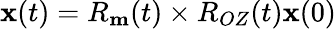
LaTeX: {\mathbf x}(t)=R_{\mathbf m}(t)\times R_{OZ}(t){\mathbf x}(0)